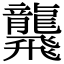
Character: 𪚢